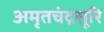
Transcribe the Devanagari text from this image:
अमृतचंद्रसूरि